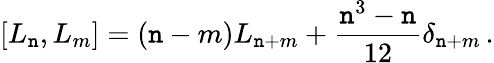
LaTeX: [L_{\mathtt{n}},L_{m}]=(\mathtt{n}-m)L_{\mathtt{n}+m}+\frac{{\mathtt{n}^{3}-\mathtt{n}}}{{12}}\delta_{\mathtt{n}+m}\, .